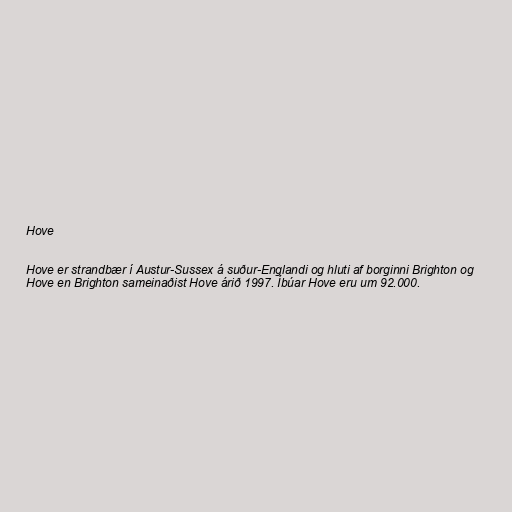
Hove

Hove er strandbær í Austur-Sussex á suður-Englandi og hluti af borginni Brighton og
Hove en Brighton sameinaðist Hove árið 1997. Íbúar Hove eru um 92.000.